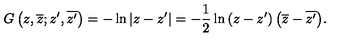
G \left( z , \overline { { z } } ; z ^ { \prime } , \overline { { z ^ { \prime } } } \right) = - \ln { \left| z - z ^ { \prime } \right| } = - { \frac { 1 } { 2 } } \ln { \left( z - z ^ { \prime } \right) \left( \overline { z } - \overline { { z ^ { \prime } } } \right) } .